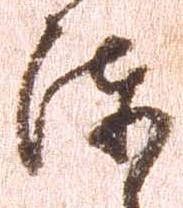
陳